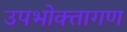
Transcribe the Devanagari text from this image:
उपभोक्‍तागण